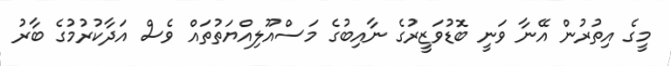
މީގެ އިތުރުން އޭނާ ވަނީ ބޮޑުވަޒީރުގެ ނާއިބުގެ މަސްއޫލިއްޔަތުތައް ވެސް އަދާކުރުމުގެ ބާރު